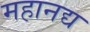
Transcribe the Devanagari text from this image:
महानद्य